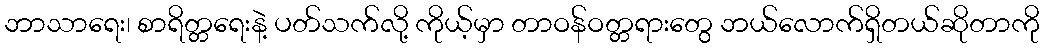
ဘာသာရေး၊ စာရိတ္တရေးနဲ့ ပတ်သက်လို့ ကိုယ့်မှာ တာဝန်ဝတ္တရားတွေ ဘယ်လောက်ရှိတယ်ဆိုတာကို